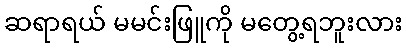
ဆရာရယ် မမင်းဖြူကို မတွေ့ရဘူးလား